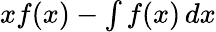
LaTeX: xf(x)-\textstyle\int f(x)\, dx